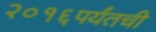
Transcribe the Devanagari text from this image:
२०१६पर्यंतची